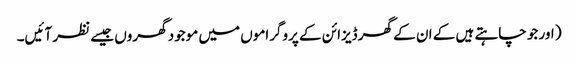
( اور جو چاہتے ہیں کے ان کے گھر ڈیزائن کے پروگراموں میں موجود گھروں جیسے نظر آئیں۔